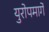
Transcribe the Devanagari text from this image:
युरोपमार्गे